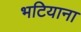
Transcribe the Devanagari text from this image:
भटियाना